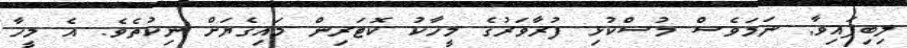
ލިބިފައިވާ